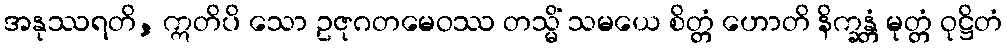
အနုဿရတိ, ဣတိပိ သော ဥဇုဂတမေဝဿ တသ္မိံ သမယေ စိတ္တံ ဟောတိ နိက္ခန္တံ မုတ္တံ ဝုဋ္ဌိတံ